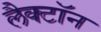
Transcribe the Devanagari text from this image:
लैक्टॉन